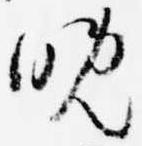
晩